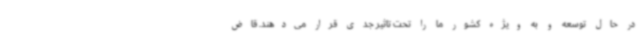
در حال توسعه و به ویژه کشور ما را تحت تاثیر جدی قرار می‌دهند. قاض